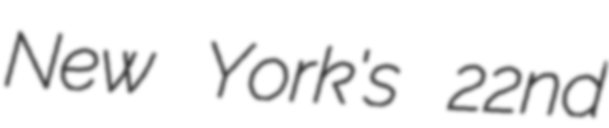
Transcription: New York's 22nd